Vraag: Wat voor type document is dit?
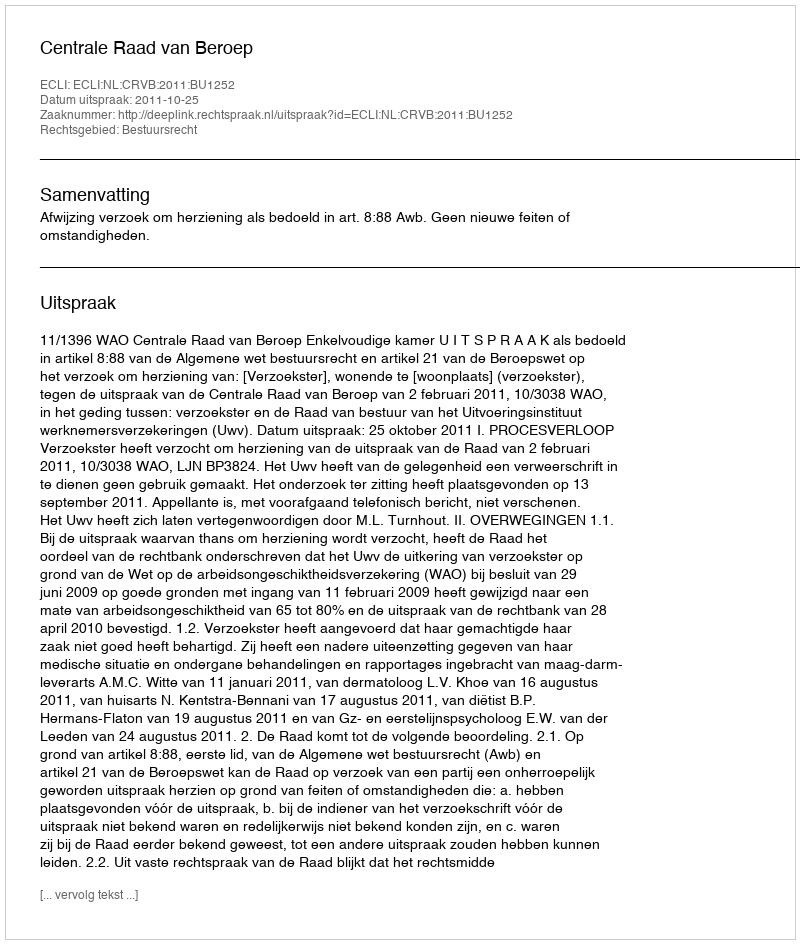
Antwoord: Uitspraak